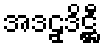
အဒဠှဒိဋ္ဌီ